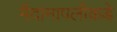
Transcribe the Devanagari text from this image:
मैदानापलीकडे